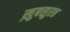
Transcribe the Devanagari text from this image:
ख़ुबसुरत